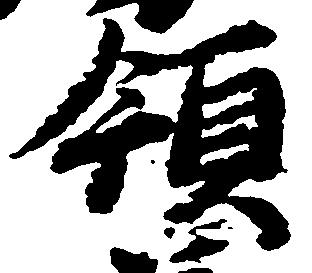
領